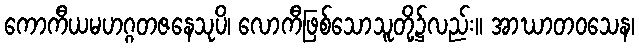
ကောကီယမဟဂ္ဂတဇနေသုပိ၊ လောကီဖြစ်သောသူတို့၌လည်း။ အာဃာတဝသေန၊